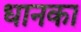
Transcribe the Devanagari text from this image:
धानका